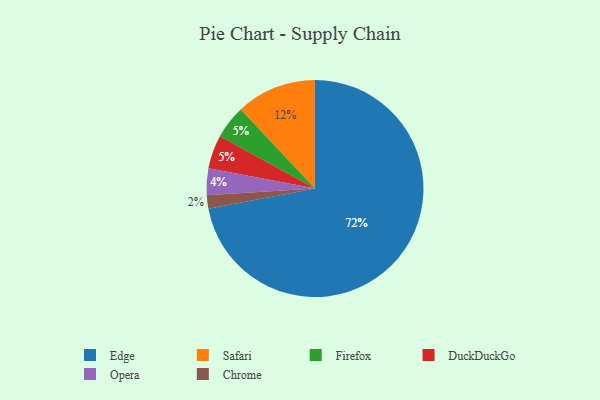
{"axis": {"x": "Category", "y": "Percentage"}, "legend": ["Chrome", "DuckDuckGo", "Edge", "Firefox", "Opera", "Safari"], "data": [{"x": "Edge", "y": 72, "type": "Edge"}, {"x": "Opera", "y": 4, "type": "Opera"}, {"x": "Firefox", "y": 5, "type": "Firefox"}, {"x": "Safari", "y": 12, "type": "Safari"}, {"x": "Chrome", "y": 2, "type": "Chrome"}, {"x": "DuckDuckGo", "y": 5, "type": "DuckDuckGo"}]}